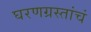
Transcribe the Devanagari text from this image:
घरणग्रस्तांचं